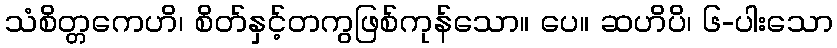
သံစိတ္တကေဟိ၊ စိတ်နှင့်တကွဖြစ်ကုန်သော။ ပေ။ ဆဟိပိ၊ ၆-ပါးသော